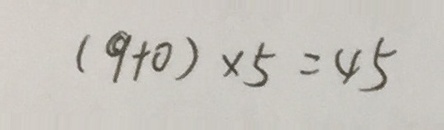
( 9 + 0 ) \times 5 = 4 5